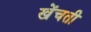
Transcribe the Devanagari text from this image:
खेंचती